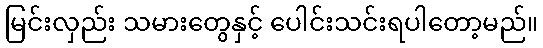
မြင်းလှည်း သမားတွေနှင့် ပေါင်းသင်းရပါတော့မည်။